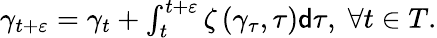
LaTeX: \begin{array}{r}{\gamma_{t+\varepsilon}=\gamma_{t}+\int_{t}^{t+\varepsilon}\zeta\left(\gamma_{\tau},\tau\right)\mathsf{d}\tau,\; \forall t\in T.}\end{array}